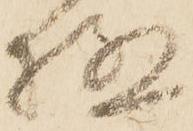
極